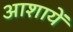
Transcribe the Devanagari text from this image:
आशायें